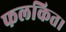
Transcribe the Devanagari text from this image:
फलकित।